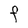
Character: F